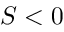
S < 0